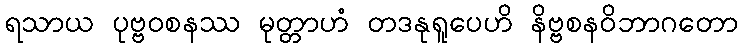
ရသာယ ပုဗ္ဗဝစနဿ မုတ္တာဟံ တဒနုရူပေဟိ နိဗ္ဗစနဝိဘာဂတော